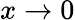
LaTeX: x\rightarrow 0